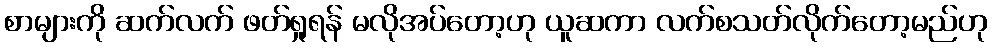
စာများကို ဆက်လက် ဖတ်ရှုရန် မလိုအပ်တော့ဟု ယူဆကာ လက်စသတ်လိုက်တော့မည်ဟု